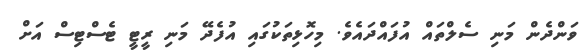
ވަންދެން މަނި ސެލްތައް އުފައްދައެވެ. މިހޮޅިތަކުގައި އުފެދޭ މަނި ރީޓީ ޓެސްޓިސް އަށް